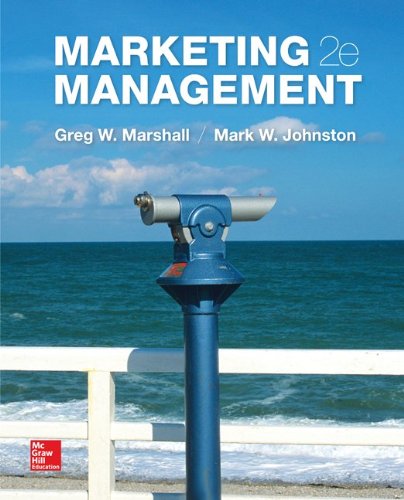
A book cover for Marketing Management; Greg Marshall; Business & Money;